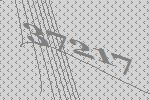
37217